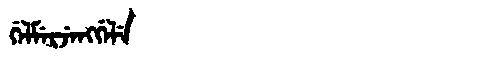
Manchu: ᡤᡝᠯᠮᡝᡵᠵᡝᠩᡤᡝᠯᡝ
Romanization: GELMERJENGGELE